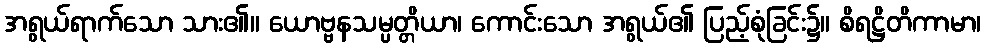
အရွယ်ရာက်သော သား၏။ ယောဗ္ဗနသမ္ပတ္တိယာ၊ ကောင်းသော အရွယ်၏ ပြည့်စုံခြင်း၌။ စိရဋ္ဌိတိကာမာ၊